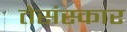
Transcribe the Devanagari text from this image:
तेसंस्कार